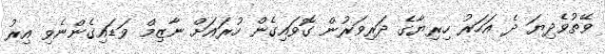
ވޭތުވެދިޔަ ދެ އަހަރު ހިރިޔާގެ ދަރިވަރުން ގޮވައިގެން ހުރައަށް ނާޒިމް ވަޑައިގެންނެވި އިރު